Report of the Indian Hemp Drugs Commission, 1894-1895 - Volume VII
Year: 1894
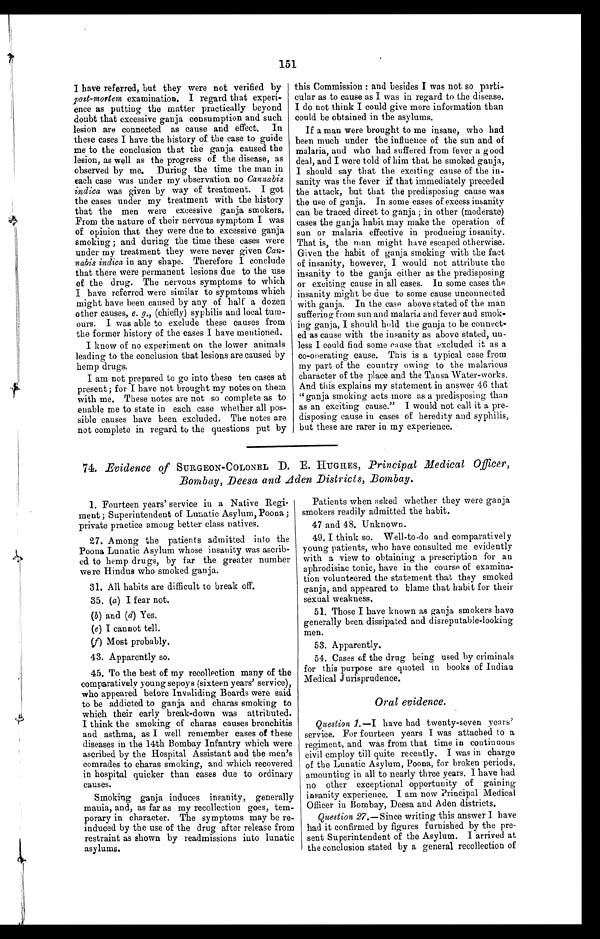
151
I have referred, but they were not verified by
post-mortem examination. I regard that experi-
ence as putting the matter practically beyond
doubt that excessive ganja consumption and such
lesion are connected as cause and effect. In
these cases I have the history of the case to guide
me to the conclusion that the ganja caused the
lesion, as well as the progress of the disease, as
observed by me. During the time the man in
each case was under my observation no Cannabis
indica was given by way of treatment. I got
the cases under my treatment with the history
that the men were excessive ganja smokers.
From the nature of their nervous symptom I was
of opinion that they were due to excessive ganja
smoking ; and during the time these cases were
under my treatment they were never given Can-
nabis indica in any shape. Therefore I conclude
that there were permanent lesions due to the use
of the drug. The nervous symptoms to which
I have referred were similar to sypmtoms which
might have been caused by any of half a dozen
other causes, e. g., (chiefly) syphilis and local tum-
ours. I was able to exclude these causes from
the former history of the cases I have mentioned.
I know of no experiment on the lower animals
leading to the conclusion that lesions are caused by
hemp drugs.
I am not prepared to go into these ten cases at
present ; for I have not brought my notes on them
with me. These notes are not so complete as to
enable me to state in each case whether all pos-
sible causes have been excluded. The notes are
not complete in regard to the questions put by
this Commission : and besides I was not so parti-
cular as to cause as I was in regard to the disease.
I do not think I could give more information than
could be obtained in the asylums.
If a man were brought to me insane, who had
been much under the influence of the sun and of
malaria, and who had suffered from fever a good
deal, and I were told of him that he smoked ganja,
I should say that the exciting cause of the in-
sanity was the fever if that immediately preceded
the attack, but that the predisposing cause was
the use of ganja. In some cases of excess insanity
can be traced direct to ganja ; in other (moderate)
cases the ganja habit may make the operation of
sun or malaria effective in producing insanity.
That is, the man might have escaped otherwise.
Given the habit of ganja smoking with the fact
of insanity, however, I would not attribute the
insanity to the ganja either as the predisposing
or exciting cause in all cases. In some cases the
insanity might be due to some cause unconnected
with ganja. In the case above stated of the man
suffering from sun and malaria and fever and smok-
ing ganja, I should hold the ganja to be connect-
ed as cause with the insanity as above stated, un-
less I could find some cause that excluded it as a
co-operating cause. This is a typical case from
my part of the country owing to the malarious
character of the place and the Tansa Water-works.
And this explains my statement in answer 46 that
" ganja smoking acts more as a predisposing than
as an exciting cause." I would not call it a pre-
disposing cause in cases of heredity and syphilis,
but these are rarer in my experience.
74. Evidence of SURGEON-COLONEL D. E. HUGHES, Principal Medical Officer,
Bombay, Deesa and Aden Districts, Bombay.
1. Fourteen years' service in a Native Regi-
ment ; Superintendent of Lunatic Asylum, Poona ;
private practice among better class natives.
27. Among the patients admitted into the
Poona Lunatic A sylum whose insanity was ascrib-
ed to hemp drugs, by far the greater number
were Hindus who smoked ganja.
31. All habits are difficult to break off.
35. (a) I fear not.
(b) and (d) Yes.
(e) I cannot tell.
(f) Most probably.
43. Apparently so.
45. To the best of my recollection many of the
comparatively young sepoys (sixteen years' service),
who appeared before Invaliding Boards were said
to be addicted to ganja and charas smoking to
which their early break-down was attributed.
I think the smoking of charas causes bronchitis
and asthma, as I well remember cases of these
diseases in the 14th Bombay Infantry which were
ascribed by the Hospital Assistant and the men's
comrades to charas smoking, and which recovered
in hospital quicker than cases due to ordinary
causes.
Smoking ganja induces insanity, generally
mania, and, as far as my recollection goes, tem-
porary in character. The symptoms may be re-
induced by the use of the drug after release from
restraint as shown by readmissions into lunatic
asylums.
Patients when asked whether they were ganja
smokers readily admitted the habit.
47 and 48. Unknown.
49. I think so. Well-to-do and comparatively
young patients, who have consulted me evidently
with a view to obtaining a prescription for an
aphrodisiac tonic, have in the course of examina-
tion volunteered the statement that they smoked
ganja, and appeared to blame that habit for their
sexual weakness.
51. Those I have known as ganja smokers have
generally been dissipated and disreputable-looking
men.
53. Apparently.
54. Cases of the drug being used by criminals
for this purpose are quoted in books of Indian
Medical Jurisprudence.
Oral evidence.
Question 1.—I have had twenty-seven years'
service. For fourteen years I was attached to a
regiment, and was from that time in continuous
civil employ till quite recently. I was in charge
of the Lunatic Asylum, Poona, for broken periods,
amounting in all to nearly three years. I have had
no other exceptional opportunity of gaining
insanity experience. I am now Principal Medical
Officer in Bombay, Deesa and Aden districts.
Question 27.—Since writing this answer I have
had it confirmed by figures furnished by the pre-
sent Superintendent of the Asylum. I arrived at
the conclusion stated by a general recollection of